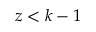
z < k - 1